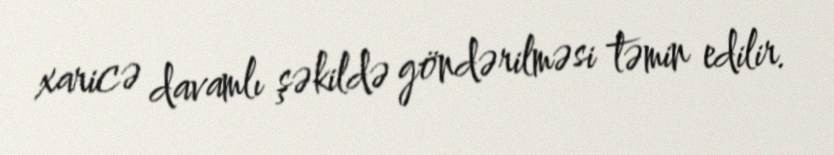
xaricə davamlı şəkildə göndərilməsi təmin edilir.